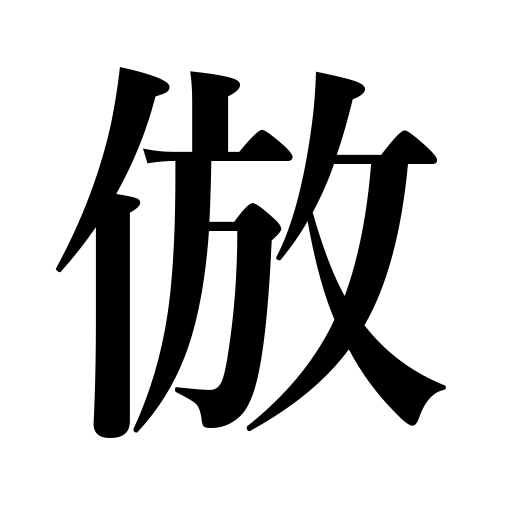
Meanings: emulate,follow,imitate